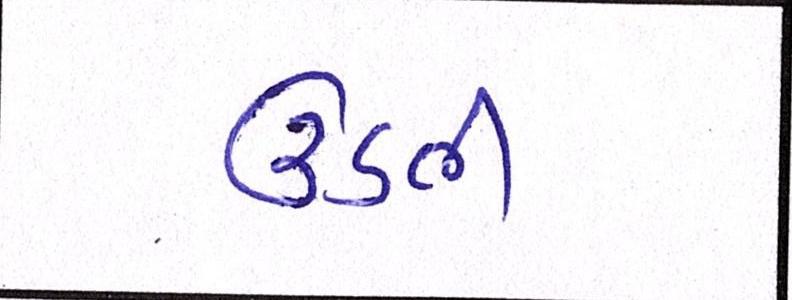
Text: ઉડતી